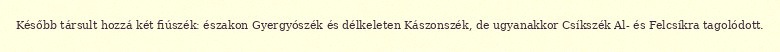
Később társult hozzá két fiúszék: északon Gyergyószék és délkeleten Kászonszék, de ugyanakkor Csíkszék Al- és Felcsíkra tagolódott.